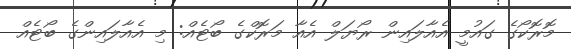
މޮރޮކޯގެ ގައުމީ އެއާލައިން ރޯޔަލް އެއާ މަރޮކްގެ ބޯޓެއް: މި އެއާލައިންގެ ބޯޓެއް